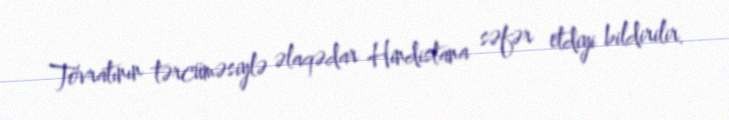
Tövratının tərcüməsiylə əlaqədar Hindistana səfər etdiyi bildirilir.